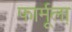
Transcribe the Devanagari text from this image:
फार्मूला़